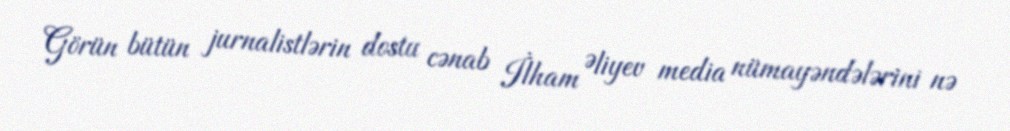
Görün bütün jurnalistlərin dostu cənab İlham Əliyev media nümayəndələrini nə